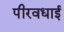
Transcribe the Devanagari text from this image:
पीरवधाई